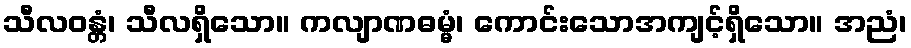
သီလဝန္တံ၊ သီလရှိသော။ ကလျာဏဓမ္မံ၊ ကောင်းသောအကျင့်ရှိသော။ အညံ၊